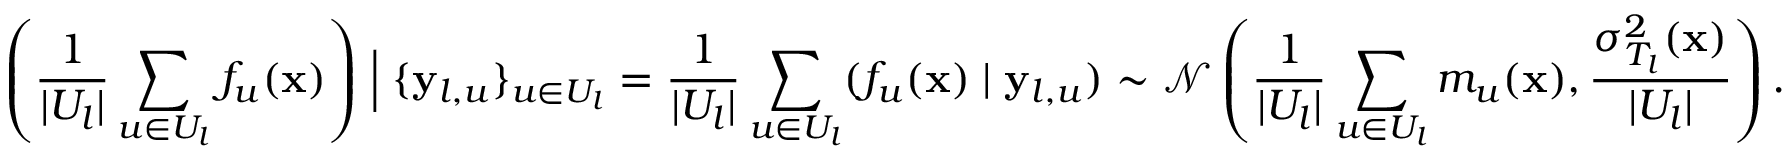
\left( \frac { 1 } { | U _ { l } | } \sum _ { u \in U _ { l } } f _ { u } ( \mathbf { x } ) \right) \Bigm | \{ \mathbf { y } _ { l , u } \} _ { u \in U _ { l } } = \frac { 1 } { | U _ { l } | } \sum _ { u \in U _ { l } } ( f _ { u } ( \mathbf { x } ) \mid \mathbf { y } _ { l , u } ) \sim \mathcal { N } \left( \frac { 1 } { | U _ { l } | } \sum _ { u \in U _ { l } } m _ { u } ( \mathbf { x } ) , \frac { \sigma _ { T _ { l } } ^ { 2 } ( \mathbf { x } ) } { | U _ { l } | } \right) .